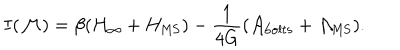
I ( { \cal M } ) = \beta ( H _ { \infty } + H _ { \mathrm { M S } } ) - \frac { 1 } { 4 G } ( { \cal A } _ { \mathrm { b o l t s } } + { \cal A } _ { \mathrm { M S } } ) .